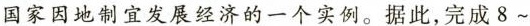
国家因地制宜发展经济的一个实例。据此，完成8~